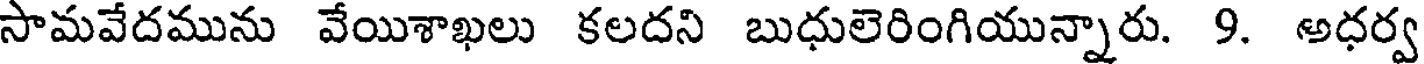
సామవేదమును వేయిశాఖలు కలదని బుధులెరింగియున్నారు. 9. అధర్వ